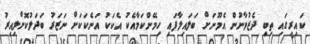
ކައިރީގައި ތިބި ދެޒުވާނުން އެމޫނަށް ބަލައިލާފައި ހިމޭންކަމާއެކު އެކަކު އަނެކަކަށް ނަޒަރު ބަދަލުކޮށްލިއިރު